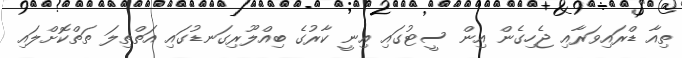
ތިއާ ޑްރައިވަރާއި ޖެހިގެން އިން ސީޓުގައި އިނީ ކާރުގެ ބިއްލޫރިގަނޑުގައި އަތްތިލަ ތަތްކޮށްލައި